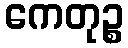
ကေတုဉ္စ